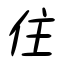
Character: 住